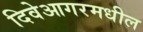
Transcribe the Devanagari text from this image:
दिवेआगरमधील